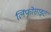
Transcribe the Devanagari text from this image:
लिंफोसाइट